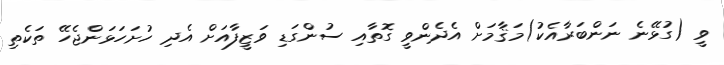
ވީ (ގުޅޭނެ ނަންބަރާއެކު)މަޤާމަށް އެދެންވީ ގޮތާއި ސުންގަޑި ވަޒީފާއަށް އެދި ހުށަހަޅަންޖެހޭ ތަކެތި